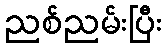
ညစ်ညမ်းပြီး